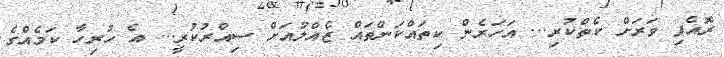
ރޮއެފި ވަރަށް ކެތްކުރި... އަހަރެން ކިތައްކަންތައް ޒެއްލުއަށް ސިއްރުކުރީ... އެ ހުރިހާ ކަމެއްގެ